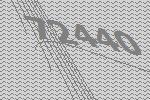
72440